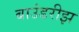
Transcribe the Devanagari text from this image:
बाउंडरीझ